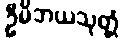
ဦမိဘယသုတ္တံ